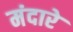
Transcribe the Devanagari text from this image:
मंदारे